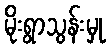
မိုးရွာသွန်းမှု